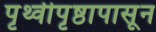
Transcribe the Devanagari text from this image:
पृथ्वीपृष्ठापासून